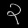
Digit: ၃